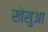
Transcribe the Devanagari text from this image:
खेसुआ